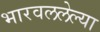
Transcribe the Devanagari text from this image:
भारवललेल्या